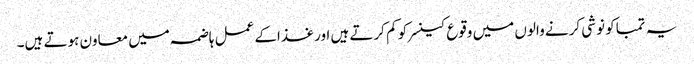
یہ تمباکو نوشی کرنے والوں میں وقوع کینسر کو کم کرتے ہیں اور غذاکے عمل ہاضمہ میں معاون ہوتے ہیں۔